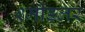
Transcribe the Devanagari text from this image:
श्मीडलर